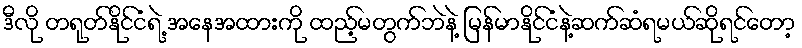
ဒီလို တရုတ်နိုင်ငံရဲ့ အနေအထားကို ထည့်မတွက်ဘဲနဲ့ မြန်မာနိုင်ငံနဲ့ဆက်ဆံရမယ်ဆိုရင်တော့